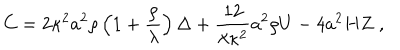
C = 2 \kappa ^ { 2 } a ^ { 2 } \rho \left( 1 + { \frac { \rho } { \lambda } } \right) \Delta + { \frac { 1 2 } { \lambda \kappa ^ { 2 } } } a ^ { 2 } \rho U - 4 a ^ { 2 } H Z \; ,